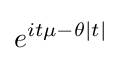
e^{it\mu -\theta |t|}